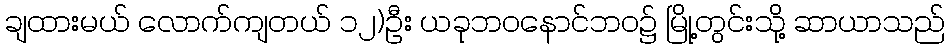
ချထားမယ် လောက်ကျတယ် ၁၂)ဦး ယခုဘဝနောင်ဘဝ၌ မြို့တွင်းသို့ ဆာယာသည်